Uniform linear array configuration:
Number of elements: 24
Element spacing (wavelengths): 0.75
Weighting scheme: cosine
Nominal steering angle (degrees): -60
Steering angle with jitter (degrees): -60.298
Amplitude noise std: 0.05
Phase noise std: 0.05

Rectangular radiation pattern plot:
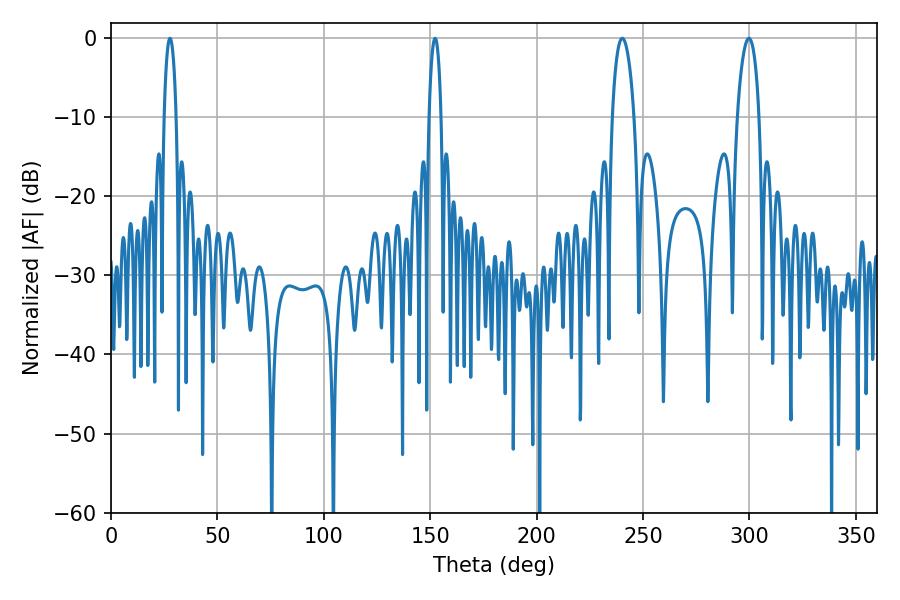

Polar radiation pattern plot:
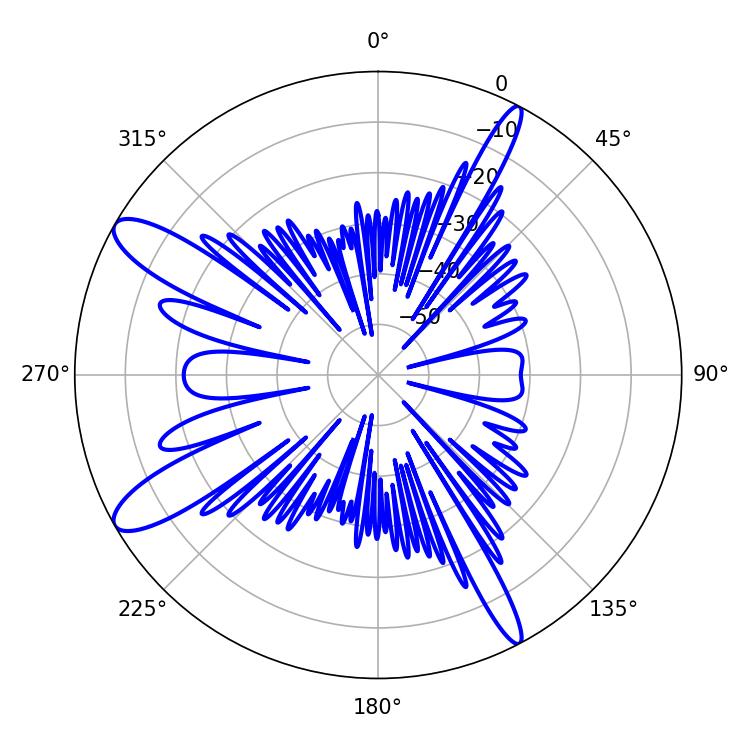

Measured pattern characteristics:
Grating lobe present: TRUE
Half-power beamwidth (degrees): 3.24
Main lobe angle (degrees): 152.28